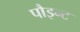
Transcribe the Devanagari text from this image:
पौइन्ट